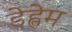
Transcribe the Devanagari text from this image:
डेह्लेम